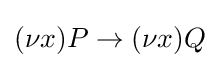
(\nu x)P\rightarrow (\nu x)Q